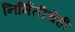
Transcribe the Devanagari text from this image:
निर्मितीचेही